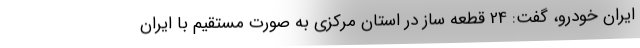
ایران خودرو، گفت: 24 قطعه ساز در استان مرکزی به صورت مستقیم با ایران